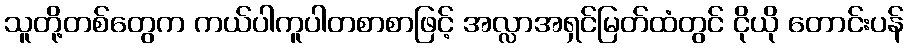
သူတို့တစ်တွေက ကယ်ပါကူပါတစာစာဖြင့် အလ္လာအရှင်မြတ်ထံတွင် ငိုယို တောင်းပန်